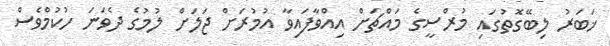
ޚަބަރު ލިބޭގޮތުގައި މުރްސީގެ މައްޗަށް އިއްވާފައިވާ އުމުރަށް ޖަލަށް ލުމުގެ ދެވަނަ ހުކުމްވެސް